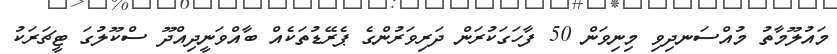
މައުލޫމާތު މުއްސަނދިވި މިނިވަން 50 ފާހަގަކުރަން ދަރިވަރުންގެ ޕެރޭޑުތަކެއް ބާއްވަނީދިއްދޫ ސްކޫލުގަ ޓީޗަރަކު